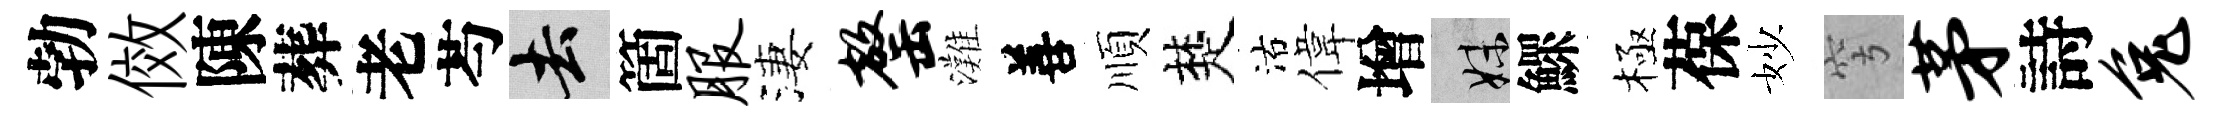
勃傚陳葬老芍去箇服淒罄灘善順楚沽偉增妹鰥極葆妙穹茅詩兔